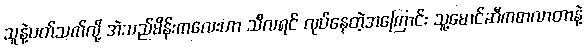
သူနဲ့ပတ်သက်လို့ အဲသည်မိန်းကလေးဟာ သီလရင် လုပ်နေတဲ့အကြောင်း သူ့မောင်ဆီကစာလာတာနဲ့